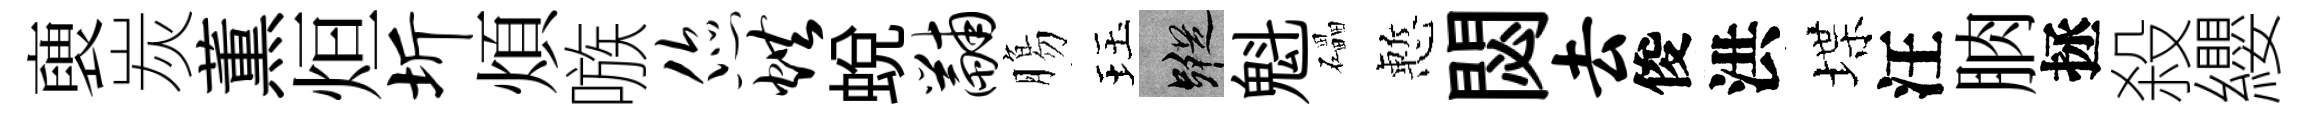
褏炭薫烜圻煩嗾您烘蜕黼膓珏蹤魁礧慙閟去俊洪堞汪朒拯殺纓